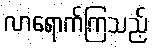
လာရောက်ကြသည့်